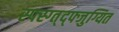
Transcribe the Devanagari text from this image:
स्फ्स्ग्त्द्फ्जुग्यित